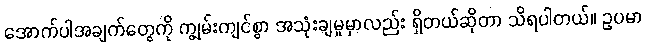
အောက်ပါအချက်တွေကို ကျွမ်းကျင်စွာ အသုံးချမှုမှာလည်း ရှိတယ်ဆိုတာ သိရပါတယ်။ ဥပမာ